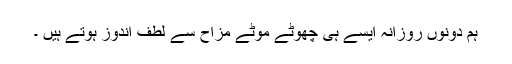
ہم دونوں روزانہ ایسے ہی چھوٹے موٹے مزاح سے لطف اندوز ہوتے ہیں ۔